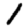
Digit: 1